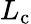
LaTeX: L_{\mathrm{c}}